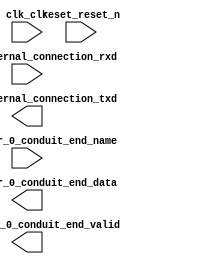

module test (
	clk_clk,
	reset_reset_n,
	uart_0_external_connection_rxd,
	uart_0_external_connection_txd,
	test_loader_0_conduit_end_name,
	test_loader_0_conduit_end_data,
	test_loader_0_conduit_end_valid);	

	input		clk_clk;
	input		reset_reset_n;
	input		uart_0_external_connection_rxd;
	output		uart_0_external_connection_txd;
	input		test_loader_0_conduit_end_name;
	output	[23:0]	test_loader_0_conduit_end_data;
	output		test_loader_0_conduit_end_valid;
endmodule